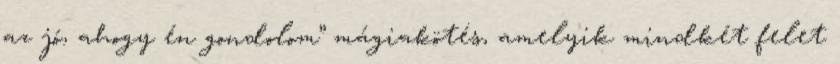
az jó, ahogy én gondolom” mágiakötés, amelyik mindkét felet